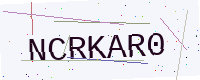
Text: NCRKAR0